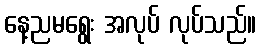
နေ့ညမရွေး အလုပ် လုပ်သည်။